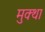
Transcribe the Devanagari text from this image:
मुक्था